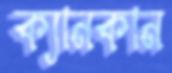
ক্যানকান